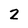
Character: 2